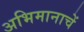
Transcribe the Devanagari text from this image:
अभिमानाचें